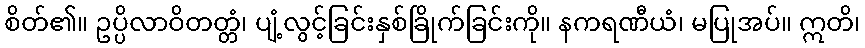
စိတ်၏။ ဥပ္ပိလာဝိတတ္တံ၊ ပျံ့လွင့်ခြင်းနှစ်ခြိုက်ခြင်းကို။ နကရဏီယံ၊ မပြုအပ်။ ဣတိ၊